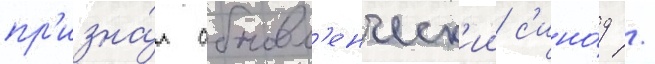
пр'изна́л обновл'енческ'ии с'ино́д /